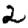
Digit: 2